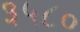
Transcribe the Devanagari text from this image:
३५८०